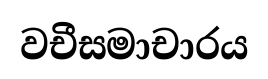
වචීසමාචාරය